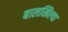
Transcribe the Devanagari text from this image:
बालखिल्या